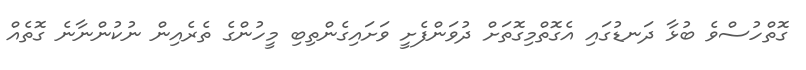
ގޮތްހުސްވެ ބުޅާ ދަނޑުގައި އެގޮތްމިގޮތަށް ދުވަންފެށީ ވަށައިގެންތިބި މީހުންގެ ތެރެއިން ނުކުންނާނެ ގޮތެއް